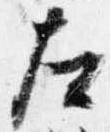
左